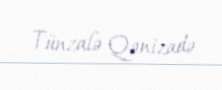
Tünzalə Qənizadə